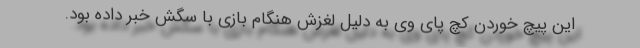
این پیچ خوردن کچ پای وی به دلیل لغزش هنگام بازی با سگش خبر داده بود.